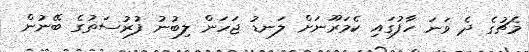
މެޗުގެ ދެ ވަނަ ހާފުގައި ކެމަރޫނަށް ލަނޑު ޖަހަން ލިބުނު ފުރުސަތުގެ ބޭނުން